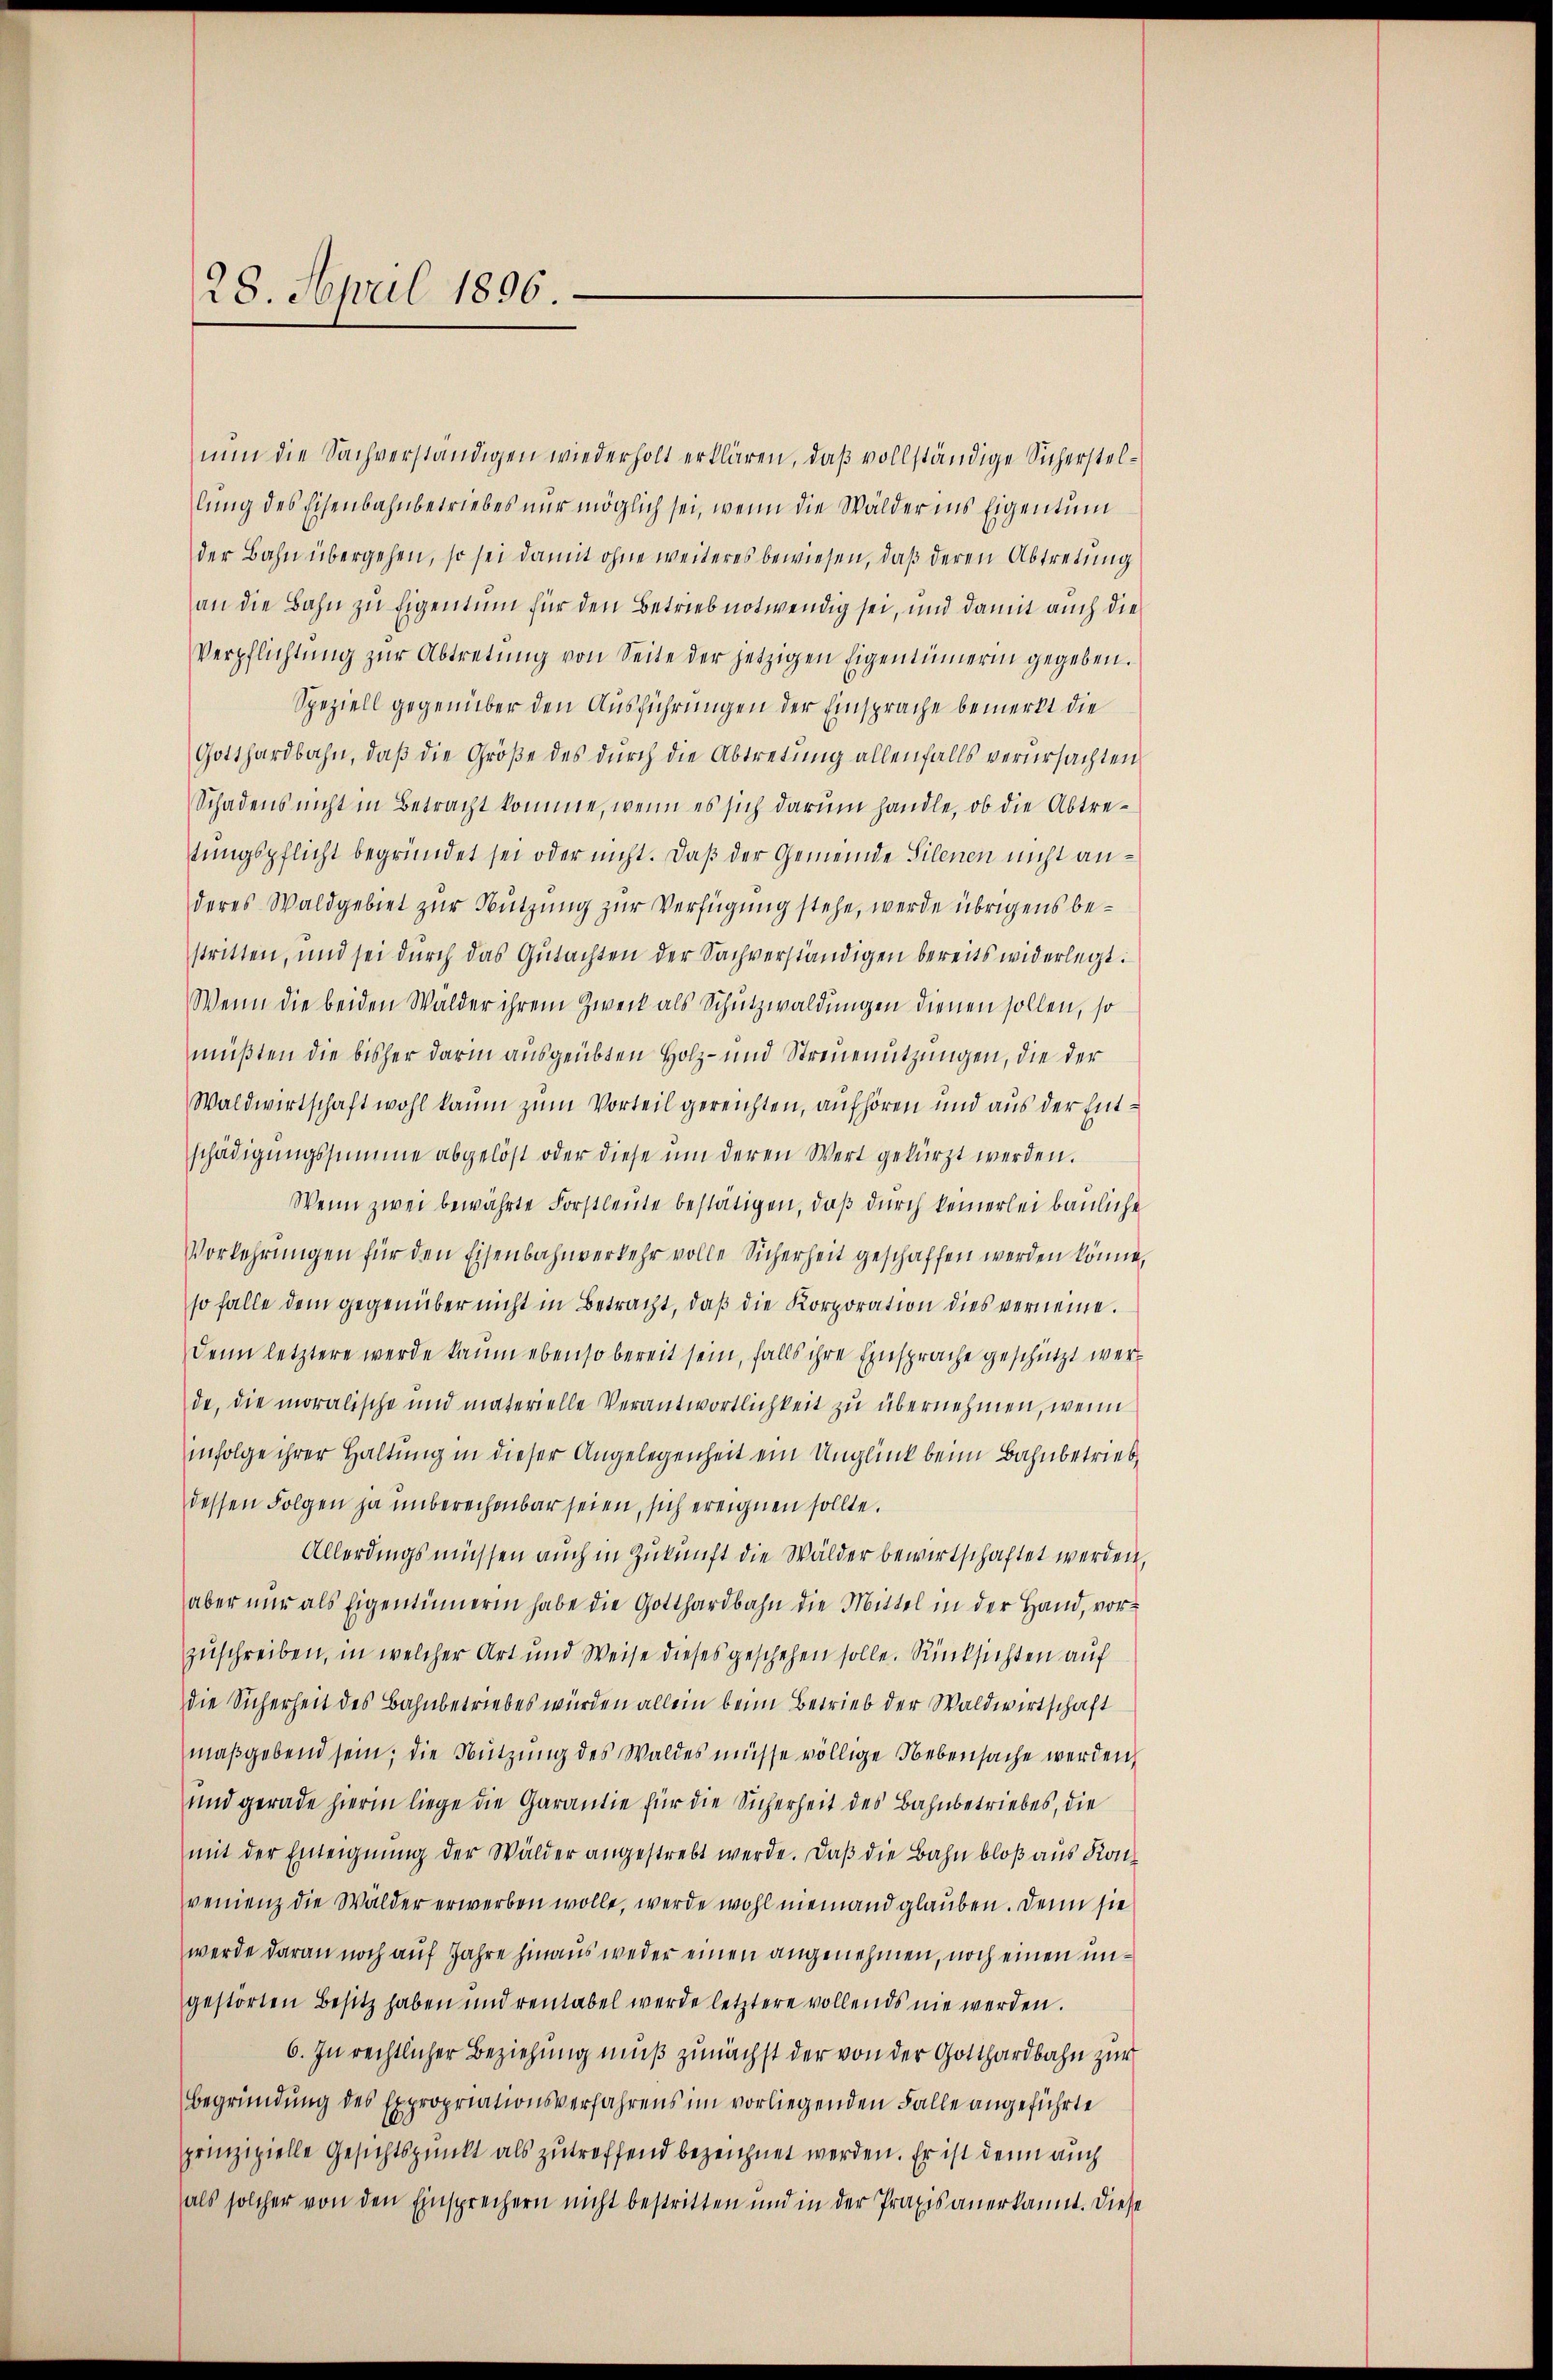
28. April 1806.

nun die Sachverständigen wiederholt erklären, daß vollständige Sicherstellung des Eisenbahnbetriebes nur möglich sei, wenn die Wälder ins Eigentum
der Bahn übergehen, so sei damit ohne weiteres bewiesen, daß deren Abtretung
an die Bahn zu Eigentum für den Betrieb notwendig sei, und damit auch die
Verpflichtŭng zŭr Abtretŭng von Seite der jetzigen Eigentümerin gegeben.
Speziell gegenüber den Ausführungen der Einsprache bemerkt die
Gotthardbahn, daβ die Größe des durch die Abtretung allenfalls verursachten
Schadens nicht in Betracht komme, wenn es sich darum handle, ob die Abtretungspflicht begründet sei oder nicht. Daß der Gemeinde Silenen nicht anderes Waldgebiet zur Nutzung zur Verfügung stehe, werde übrigens bestritten, und sei dŭrch das Gŭtachten der Sachverständigen bereits widerlegt:
Wenn die beiden Wälder ihrem Zweck als Schutzwaldungen dienen sollen, so
müßten die bisher darin ausgeübten Holz- und Streuenutzungen, die der
Waldwirtschaft wohl kaum zum Vorteil gereichten, aufhören und aus der Entschädigŭngssumme abgelöst oder diese ŭm deren Wert gekürzt werden.
Wenn zwei bewährte Forstleute bestätigen, daß durch keinerlei bauliche
Vorkehrungen für den Eisenbahnverkehr volle Sicherheit geschaffen werden könne,
so falle dem gegenüber nicht in Betracht, daβ die Korporation dies vernenne.
Denn letztere werde kaum ebenso bereit sein, falls ihre Einsprache geschützt werde, die moralische und materielle Verantwortlichkeit zu übernehmen, wenn
infolge ihrer Haltung in dieser Angelegenheit ein Unglück beim Bahnbetrieb
dessen Folgen ja unberechenbar seien, sich ereignen sollte.
Allerdings müssen auch in Zukunft die Wälder bewirtschaftet werden,
aber nur als Eigentümerin habe die Gotthardbahn die Mittel in der Hand, vorzuschreiben, in welcher Art und Weise dieses geschehen solle. Rücksichten auf
die Sicherheit des Bahnbetriebes würden allein beim Betrieb der Waldwirtschaft
maßgebend sein; die Nutzung des Waldes müsse völlige Nebensache werden,
und gerade hierin liege die Garantie für die Sicherheit des Bahnbetriebes, die
mit der Enteignung der Wälder angestrebt werde. Daß die Bahn bloß aus Kon
venienz die Wälder erwerben wolle, werde wohl niemand glauben. Denn sie
werde daran noch auf Jahre hinaus weder einen angenehmen, noch einen ungestörten Besitz haben und rentabel werde letztere vollends nie werden.
6. In rechtlicher Beziehung muß zunächst der von der Gotthardbahn zur
begründung des Expropriationsverfahrens im vorliegenden Falle angeführte
prinzipielle Gesichtspunkt als zutreffend bezeichnet werden. Er ist denn auch
als solcher von den Einsprechern nicht bestritten und in der Praxis anerkannt. Diese